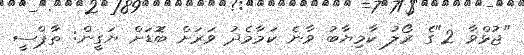
"ޖުޅްވާ 2"ގެ ރޯލު ކާމިޔާބު ވާނެ ކަމާމެދު ވަރަށް ބޮަޑަށް ޔަގީން: ތާޕްސީ